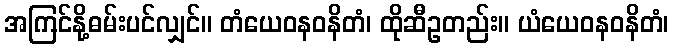
အကြင်နို့ဓမ်းပင်လျှင်။ တံယေဝနဝနိတံ၊ ထိုဆီဥတည်း။ ယံယေဝနဝနိတံ၊